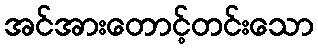
အင်အားတောင့်တင်းသော